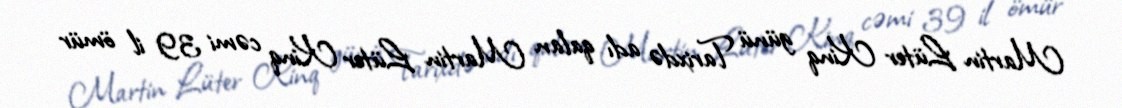
Martin Lüter Kinq günü Tarixdə adı qalan Martin Lüter Kinq cəmi 39 il ömür